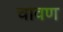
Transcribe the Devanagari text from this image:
चावण